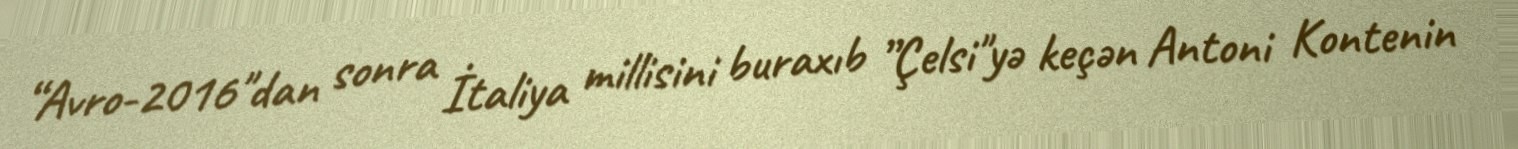
“Avro-2016"dan sonra İtaliya millisini buraxıb ”Çelsi"yə keçən Antoni Kontenin